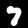
Label: 7